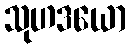
သုဟဒယော